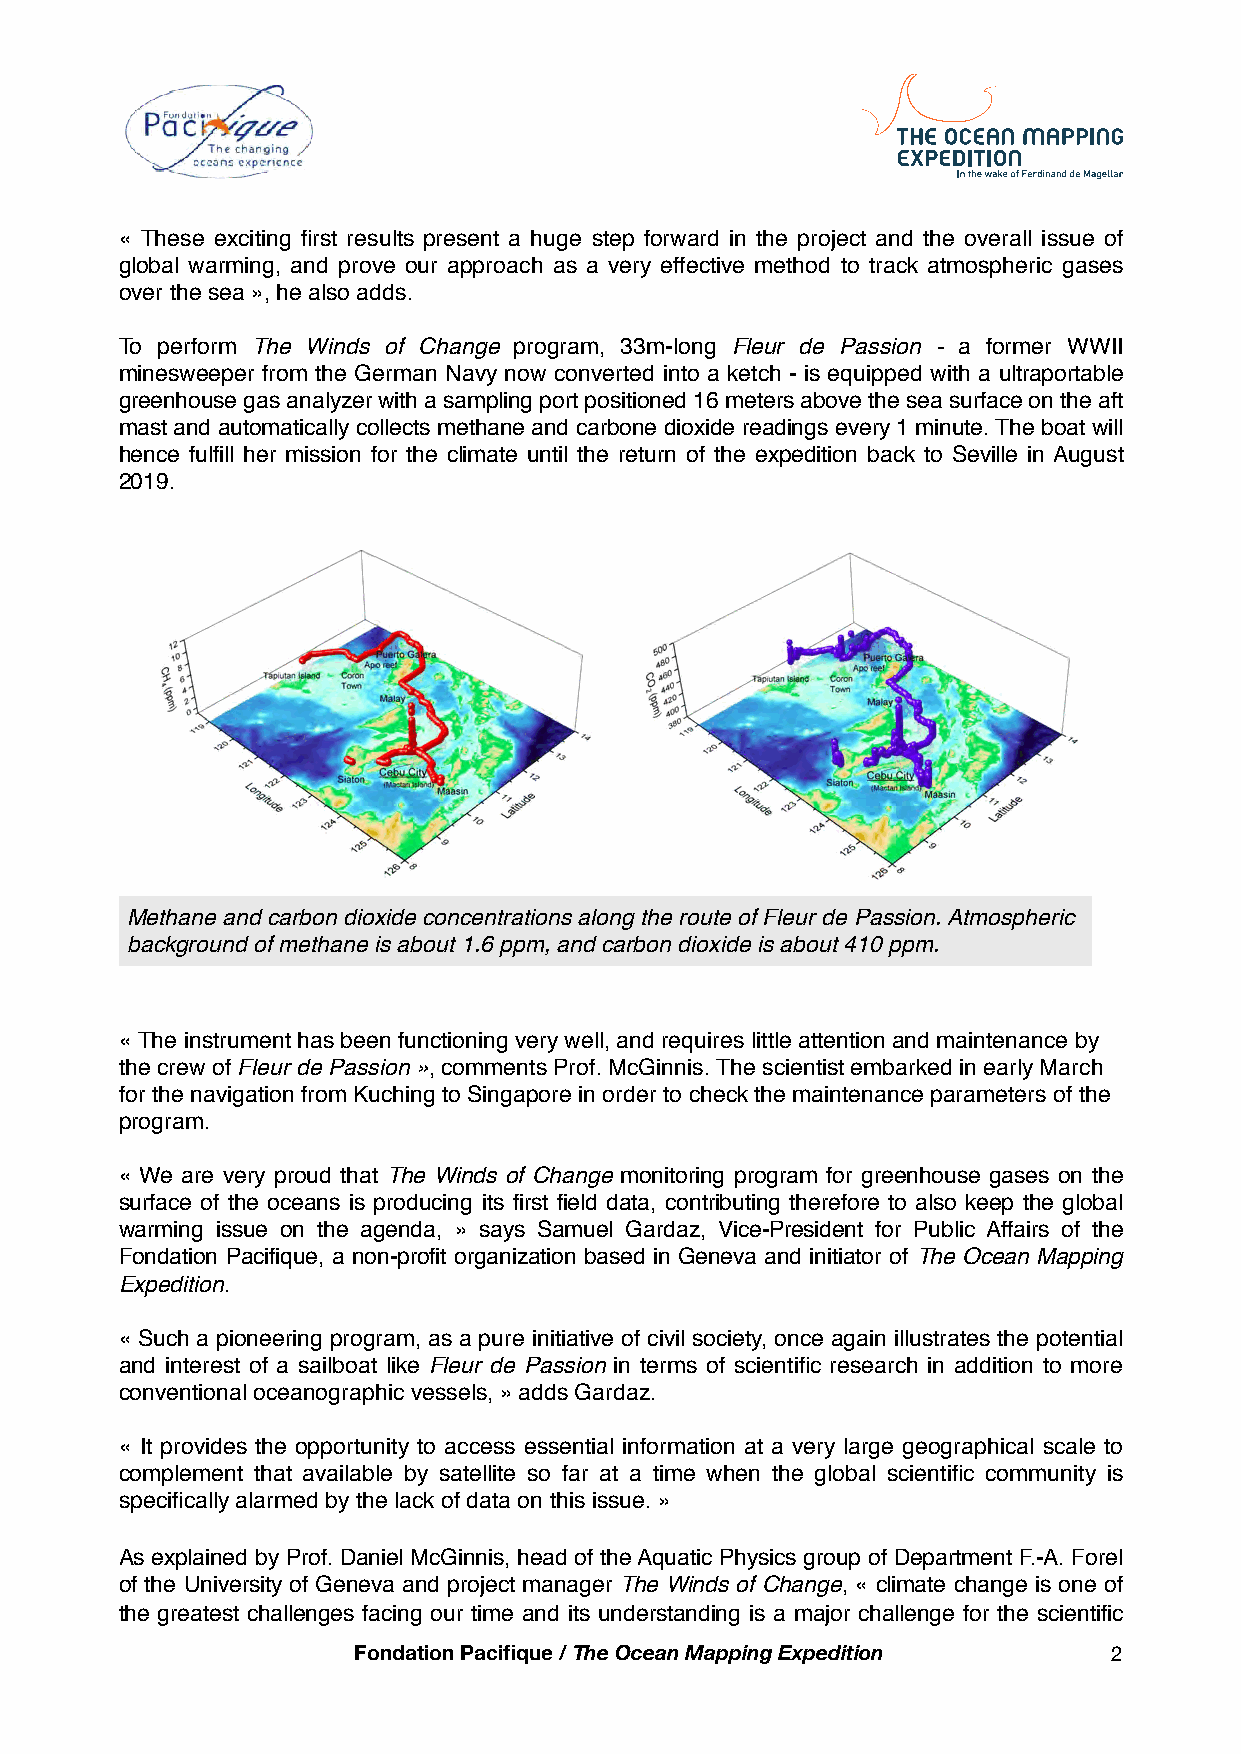

 « These exciting first results present a huge step forward in the project and the overall issue of
 global warming, and prove our approach as a very effective method to track atmospheric gases
 over the sea », he also adds.
 To perform The Winds of Change program, 33m-long Fleur de Passion - a former WWII
 minesweeper from the German Navy now converted into a ketch - is equipped with a ultraportable
 greenhouse gas analyzer with a sampling port positioned 16 meters above the sea surface on the aft
 mast and automatically collects methane and carbone dioxide readings every 1 minute. The boat will
 hence fulfill her mission for the climate until the return of the expedition back to Seville in August
 2019.
 Methane and carbon dioxide concentrations along the route of Fleur de Passion. Atmospheric
 background of methane is about 1.6 ppm, and carbon dioxide is about 410 ppm.
 « The instrument has been functioning very well, and requires little attention and maintenance by
 the crew of Fleur de Passion », comments Prof. McGinnis. The scientist embarked in early March
 for the navigation from Kuching to Singapore in order to check the maintenance parameters of the
 program.
 « We are very proud that The Winds of Change monitoring program for greenhouse gases on the
 surface of the oceans is producing its first field data, contributing therefore to also keep the global
 warming issue on the agenda, » says Samuel Gardaz, Vice-President for Public Affairs of the
 Fondation Pacifique, a non-profit organization based in Geneva and initiator of The Ocean Mapping
 Expedition.
 « Such a pioneering program, as a pure initiative of civil society, once again illustrates the potential
 and interest of a sailboat like Fleur de Passion in terms of scientific research in addition to more
 conventional oceanographic vessels, » adds Gardaz.
 « It provides the opportunity to access essential information at a very large geographical scale to
 complement that available by satellite so far at a time when the global scientific community is
 specifically alarmed by the lack of data on this issue. »
 As explained by Prof. Daniel McGinnis, head of the Aquatic Physics group of Department F.-A. Forel
 of the University of Geneva and project manager The Winds of Change, « climate change is one of
 the greatest challenges facing our time and its understanding is a major challenge for the scientific
 Fondation Pacifique / The Ocean Mapping Expedition 2